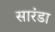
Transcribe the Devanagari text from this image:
सारंडा